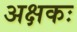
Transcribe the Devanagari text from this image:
अक्षकः